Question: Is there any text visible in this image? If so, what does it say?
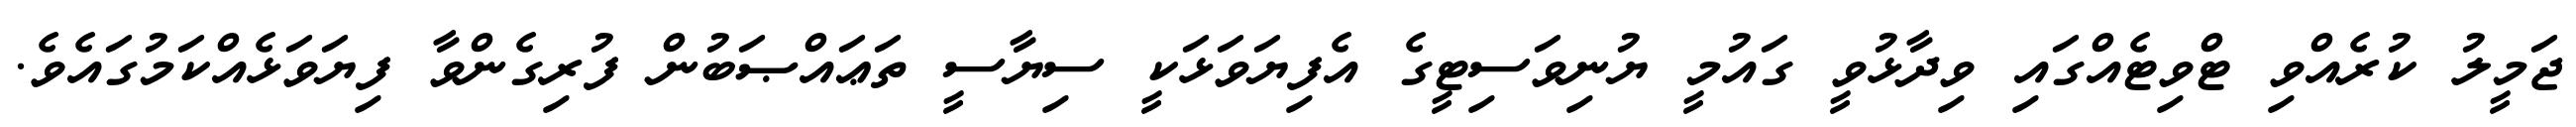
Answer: ޖަމީލު ކުރެއްވި ޓްވިޓެއްގައި ވިދާޅުވީ ގައުމީ ޔުނިވަސިޓީގެ އެފިޔަވަޅަކީ ސިޔާސީ ތަޢައްޞަބުން ފުރިގެންވާ ފިޔަވަޅެއްކަމުގައެވެ.